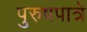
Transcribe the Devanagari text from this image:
पुरुषपात्रे